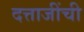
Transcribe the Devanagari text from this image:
दत्ताजींची